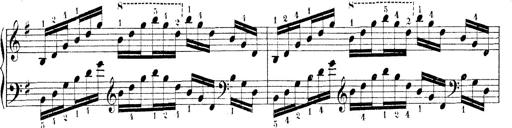
Title: Technische Studien
Composer: Franz Liszt